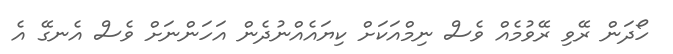
ހޯދަން ރޭވި ރޭވުމެއް ވެސް ނިމްއަކަށް ކިޔައެއްނުދެން އަހަންނަށް ވެސް އެނގޭ އެ